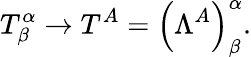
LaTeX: T_{\beta}^{\alpha}\rightarrow T^{A}=\left(\Lambda^{A}\right)_{\beta}^{\alpha}.